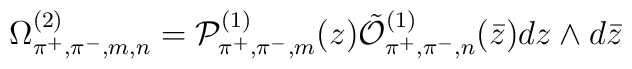
\Omega^{(2)}_{\pi^+,\pi^-,m,n} =  {\cal P}^{(1)}_{\pi^+,\pi^-,m}(z)\tilde{\cal O}^{(1)}_{\pi^+,\pi^-,n}(\bar z) dz \wedge d\bar{z}